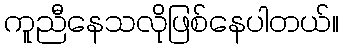
ကူညီနေသလိုဖြစ်နေပါတယ်။